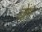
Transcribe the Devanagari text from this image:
ज़ेंग